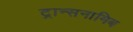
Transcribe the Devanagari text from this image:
ट्रान्सनामिब